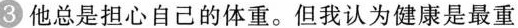
3 他总是担心自己的体重。但我认为健康是最重